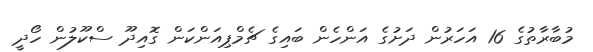
މުބާރާތުގެ 16 އަހަރުން ދަށުގެ އަންހެން ބައިގެ ޗެމްޕިއަންކަން ގޮއިދޫ ސްކޫލުން ހޯދީ